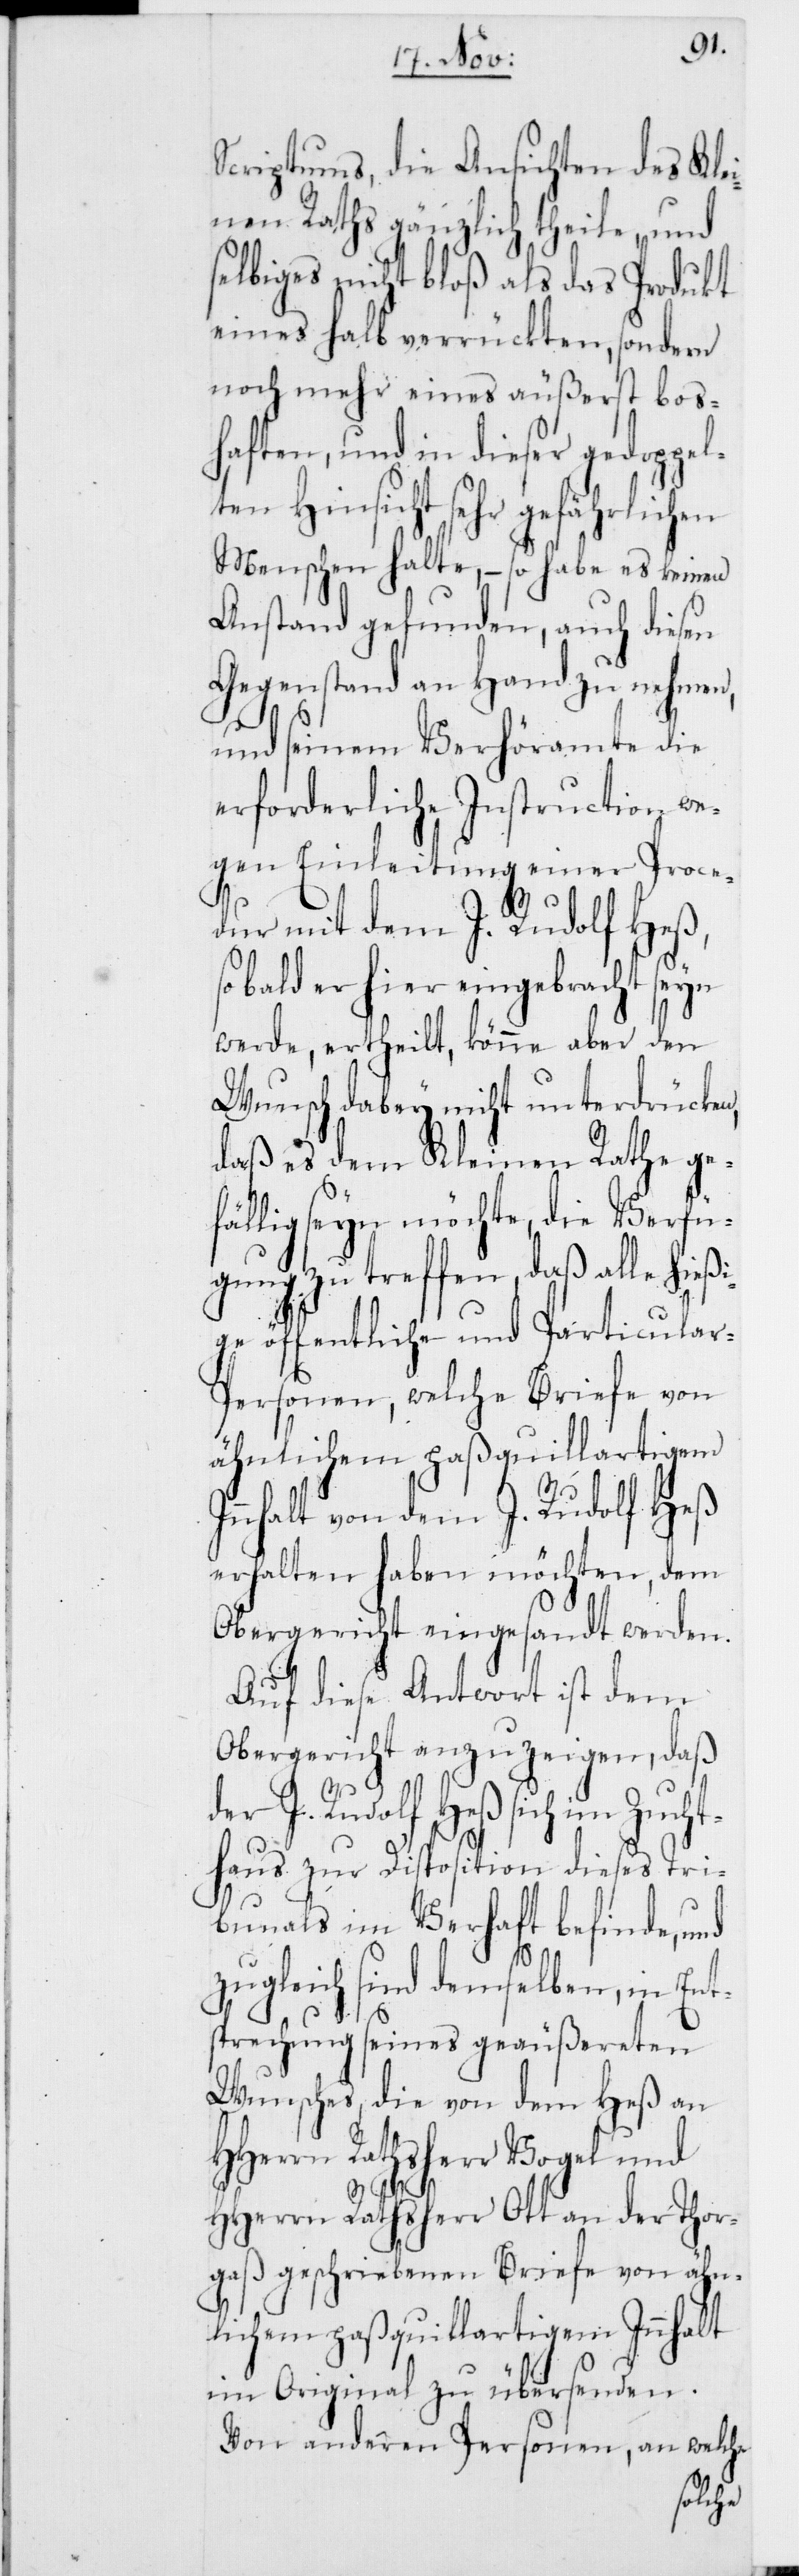
Scriptums, die Ansichten des Kle¬
inen Raths gänzlich theile, und
lbiges nicht bloß als das Produkt
eines halb verrückten, sondern
noch mehr eines äußerst bos¬
haften, und in dieser gedoppel¬
ten Hinsicht sehr gefährlichen
Menschen halte, – so habe es keinen
Anstand gefunden, auch diesen
Gegenstand an Hand zu nehmen,
und seinem Verhöramte die
erforderliche Instruction we¬
gen Einleitung einer Proce¬
halt
dur mit dem J. Rudolf Heß,
bald er hier eingebracht seyn
werde, ertheilt, könne aber den
Wunsch dabey nicht unterdrücken,
daß es dem Kleinen Rathe gef¬
ällig seyn möchte, die Verfü¬
gung zu treffen, daß alle hießi¬
ge öffentliche und Particula¬
r-Personen, welche Briefe von
ähnlichem paßquillartigem
Innhalt von dem J. Rudolf Heß
erhalten haben möchten, dem
Obergericht eingesandt werden.
Auf diese Antwort ist dem
Obergericht anzuzeigen, daß
der J. Rudolf Heß sich im Zucht¬
haus zur Disposition dieses Tri¬
bunals im Verhaft befinde, und
zugleich sind demselben, in Ent¬
sprechung seines geäußereten
Wunsches, die von dem Heß an
HHerrn Rathsherr Vogel und
HHerrn Rathsherr Ott an der Thor¬
gaß geschriebenen Briefe von ähn¬
lichem paßquillartigem Inn¬
im Original zu
Von